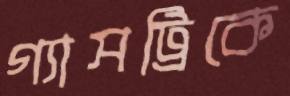
গ্যাসট্রিকে